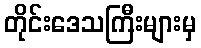
တိုင်းဒေသကြီးများမှ